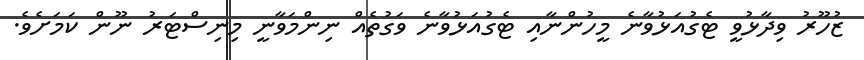
ޒުހޫރު ވިދާޅުވީ ޓެގުއަޅުވާނެ މީހުންނާއި ޓެގުއަޅުވާނެ ވަގުތެއް ނިންމަވާނީ މިނިސްޓަރު ނޫން ކަމަށެވެ.